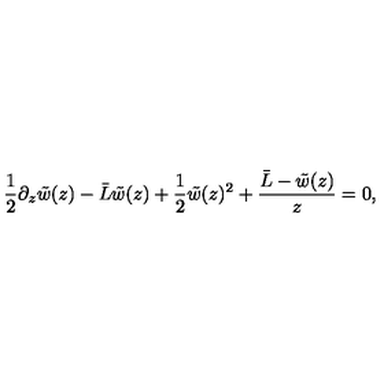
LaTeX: { \frac { 1 } { 2 } } \partial _ { z } \tilde { w } ( z ) - { \bar { L } } \tilde { w } ( z ) + { \frac { 1 } { 2 } } \tilde { w } ( z ) ^ { 2 } + { \frac { { \bar { L } } - \tilde { w } ( z ) } { z } } = 0 ,